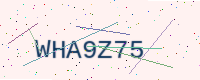
Text: WHA9Z75